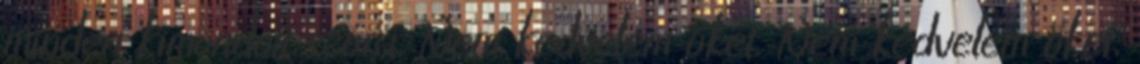
minden kimondott szóra. Nem kedvelem őket. Nem kedvelem őket,